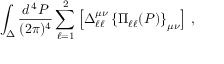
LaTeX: \int _ { \Delta } \frac { d ^ { \, 4 } P } { ( 2 \pi ) ^ { 4 } } \sum _ { \ell = 1 } ^ { 2 } \left[ \Delta _ { \ell \ell } ^ { \mu \nu } \left\{ \Pi _ { \ell \ell } ( P ) \right\} _ { \mu \nu } \right] \, ,